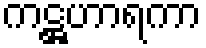
ကဋ္ဌဟာရကာ